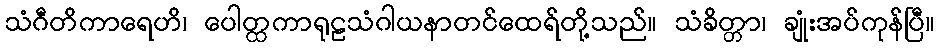
သံဂီတိကာရေဟိ၊ ပေါတ္ထကာရုဠသံဂါယနာတင်ထေရ်တို့သည်။ သံခိတ္တာ၊ ချုံးအပ်ကုန်ပြီ။